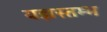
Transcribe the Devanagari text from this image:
यज्ञस्तम्भ